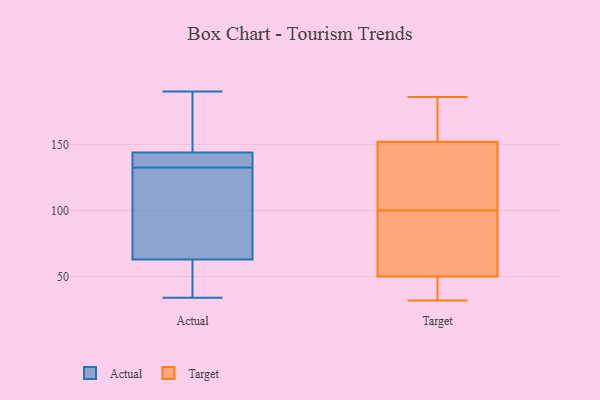
{"axis": {"x": "LTV (USD)", "y": "Value"}, "legend": ["Actual", "Target"], "data": [{"x": "", "y": 34, "type": "Actual"}, {"x": "", "y": 142, "type": "Actual"}, {"x": "", "y": 121, "type": "Actual"}, {"x": "", "y": 119, "type": "Actual"}, {"x": "", "y": 137, "type": "Actual"}, {"x": "", "y": 153, "type": "Actual"}, {"x": "", "y": 164, "type": "Actual"}, {"x": "", "y": 144, "type": "Actual"}, {"x": "", "y": 37, "type": "Actual"}, {"x": "", "y": 142, "type": "Actual"}, {"x": "", "y": 190, "type": "Actual"}, {"x": "", "y": 128, "type": "Actual"}, {"x": "", "y": 37, "type": "Actual"}, {"x": "", "y": 63, "type": "Actual"}, {"x": "", "y": 89, "type": "Target"}, {"x": "", "y": 50, "type": "Target"}, {"x": "", "y": 60, "type": "Target"}, {"x": "", "y": 32, "type": "Target"}, {"x": "", "y": 40, "type": "Target"}, {"x": "", "y": 34, "type": "Target"}, {"x": "", "y": 49, "type": "Target"}, {"x": "", "y": 152, "type": "Target"}, {"x": "", "y": 179, "type": "Target"}, {"x": "", "y": 167, "type": "Target"}, {"x": "", "y": 174, "type": "Target"}, {"x": "", "y": 68, "type": "Target"}, {"x": "", "y": 123, "type": "Target"}, {"x": "", "y": 151, "type": "Target"}, {"x": "", "y": 186, "type": "Target"}, {"x": "", "y": 99, "type": "Target"}, {"x": "", "y": 101, "type": "Target"}, {"x": "", "y": 107, "type": "Target"}]}